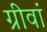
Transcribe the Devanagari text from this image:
ग्रीवां